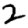
Digit: 2